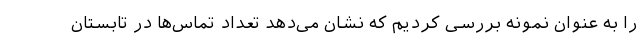
را به عنوان نمونه بررسی کردیم که نشان می‌دهد تعداد تماس‌ها در تابستان